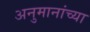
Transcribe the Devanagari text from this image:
अनुमानांच्या